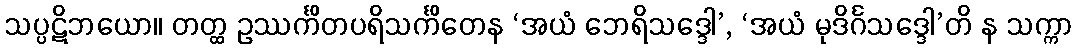
သပ္ပဋိဘယော။ တတ္ထ ဥဿင်္ကိတပရိသင်္ကိတေန ‘အယံ ဘေရိသဒ္ဒေါ’, ‘အယံ မုဒိင်္ဂသဒ္ဒေါ’တိ န သက္ကာ